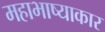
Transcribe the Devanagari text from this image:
महाभाष्याकार